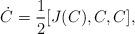
LaTeX: \begin{align*} \dot{C}=\frac{1}{2}[J(C),C,C],\end{align*}